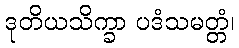
ဒုတိယသိက္ခာ ပဒံသမတ္တံ၊